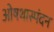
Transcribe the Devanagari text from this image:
ओषथास्पंदन